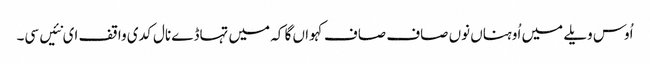
اُوس ویلے میں اُوہناں نوں صاف صاف کہواں گا کہ میں تہاڈے نال کدی واقف ای نئیں سی۔